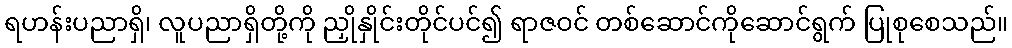
ရဟန်းပညာရှိ၊ လူပညာရှိတို့ကို ညှိုနှိုင်းတိုင်ပင်၍ ရာဇဝင် တစ်ဆောင်ကိုဆောင်ရွက် ပြုစုစေသည်။